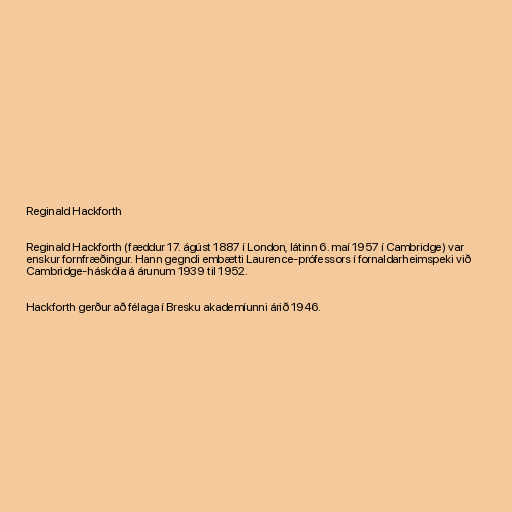
Reginald Hackforth

Reginald Hackforth (fæddur 17. ágúst 1887 í London, látinn 6. maí 1957 í Cambridge) var
enskur fornfræðingur. Hann gegndi embætti Laurence-prófessors í fornaldarheimspeki við
Cambridge-háskóla á árunum 1939 til 1952.

Hackforth gerður að félaga í Bresku akademíunni árið 1946.